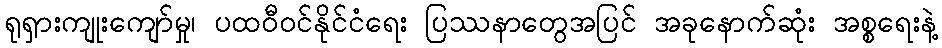
ရုရှားကျုးကျော်မှု၊ ပထဝီဝင်နိုင်ငံရေး ပြဿနာတွေအပြင် အခုနောက်ဆုံး အစ္စရေးနဲ့